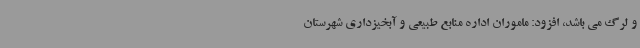
و لرگ می باشد، افزود: ماموران اداره منابع طبیعی و آبخیزداری شهرستان